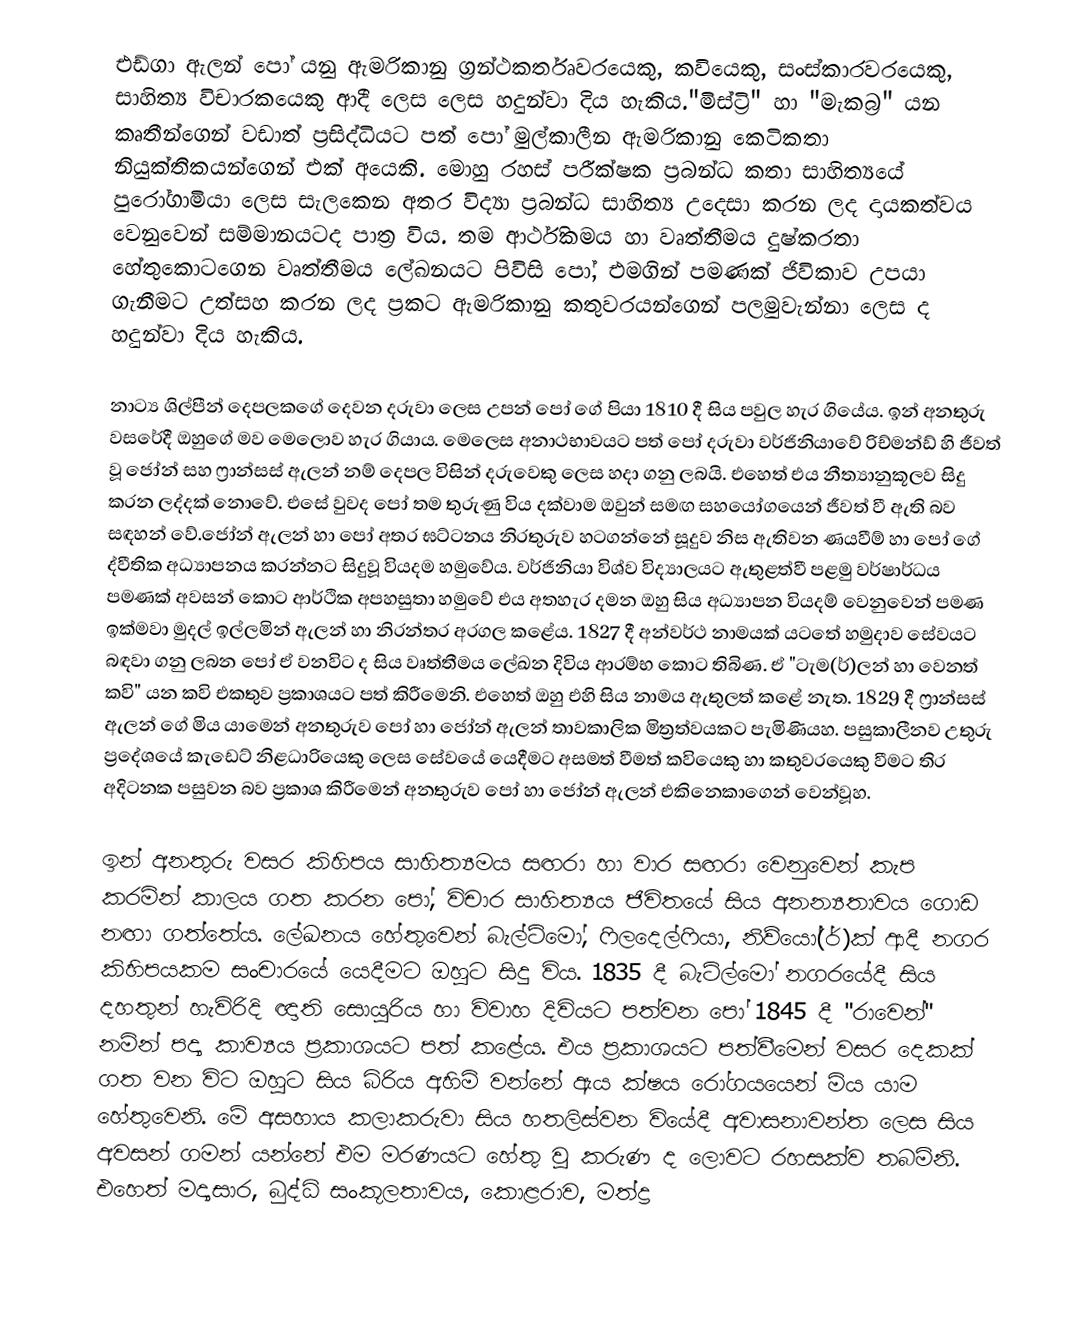
එඩ්ගා ඇලන් පෝ යනු ඇමරිකානු ග්‍රන්ථකර්තෘවරයෙකු, කවියෙකු, සංස්කාරවරයෙකු, සාහිත්‍ය විචාරකයෙකු ආදී ලෙස ලෙස හදුන්වා දිය හැකිය."මිස්ට්‍රි" හා "මැකබ්‍ර" යන කෘතීන්ගෙන් වඩාත් ප්‍රසිද්ධියට පත් පෝ මුල්කාලීන ඇමරිකානු කෙටිකතා නියුක්තිකයන්ගෙන් එක් අයෙකි. මොහු රහස් පරීක්ෂක ප්‍රබන්ධ කතා සාහිත්‍යයේ පුරෝගාමියා ලෙස සැලකෙන අතර විද්‍යා ප්‍රබන්ධ සාහිත්‍ය උදෙසා කරන ලද දායකත්වය වෙනුවෙන් සම්මානයටද පාත්‍ර විය. තම ආර්ථිකමය හා වෘත්තීමය දුෂ්කරතා හේතුකොටගෙන වෘත්තීමය ලේඛනයට පිවිසි පෝ, එමගින් පමණක් ජිවිකාව උපයා ගැනීමට උත්සහ කරන ලද ප්‍රකට ඇමරිකානු කතුවරයන්ගෙන් පලමුවැන්නා ලෙස ද හදුන්වා දිය හැකිය.

නාට්‍ය ශිල්පීන් දෙපලකගේ දෙවන දරුවා ලෙස උපන් පෝ ගේ පියා 1810 දී සිය පවුල හැර ගියේය. ඉන් අනතුරු වසරේදී ඔහුගේ මව මෙලොව හැර ගියාය. මෙලෙස අනාථභාවයට පත් පෝ දරුවා වර්ජිනියාවේ රිච්මන්ඩ් හි ජීවත් වූ ජෝන් සහ ෆ්‍රාන්සස් ඇලන් නම් දෙපල විසින් දරුවෙකු ලෙස හදා ගනු ලබයි. එහෙත් එය නීත්‍යානුකූලව සිදු කරන ලද්දක් නොවේ. එසේ වුවද පෝ තම තුරුණු විය දක්වාම ඔවුන් සමඟ සහයෝගයෙන් ජීවත් වී ඇති බව සඳහන් වේ.ජෝන් ඇලන් හා පෝ අතර ඝට්ටනය නිරතුරුව හටගන්නේ සූදුව නිස ඇතිවන ණයවීම් හා පෝ ගේ ද්වීතික අධ්‍යාපනය කරන්නට සිදුවූ වියදම හමුවේය. වර්ජිනියා විශ්ව විද්‍යාලයට ඇතුළත්වී පළමු වර්ෂාර්ධය පමණක් අවසන් කොට ආර්ථික අපහසුතා හමුවේ එය අතහැර දමන ඔහු සිය අධ්‍යාපන වියදම් වෙනුවෙන් පමණ ඉක්මවා මුදල් ඉල්ලමින් ඇලන් හා නිරන්තර අරගල කළේය. 1827 දී අන්වර්ථ නාමයක් යටතේ හමුදාව සේවයට බඳවා ගනු ලබන පෝ ඒ වනවිට ද සිය වෘත්තීමය ලේඛන දිවිය ආරම්භ කොට තිබිණ. ඒ "ටැම(ර්)ලන් හා වෙනත් කවි" යන කවි එකතුව ප්‍රකාශයට පත් කිරීමෙනි. එහෙත් ඔහු එහි සිය නාමය ඇතුලත් කළේ නැත. 1829 දී ෆ්‍රාන්සස් ඇලන් ගේ මිය යාමෙන් අනතුරුව පෝ හා ජෝන් ඇලන් තාවකාලික මිත්‍රත්වයකට පැමිණියහ. පසුකාලීනව උතුරු ප්‍රදේශයේ කැඩෙට් නිළධාරියෙකු ලෙස සේවයේ යෙදීමට අසමත් වීමත් කවියෙකු හා කතුවරයෙකු වීමට තිර අදිටනක පසුවන බව ප්‍රකාශ කිරීමෙන් අනතුරුව පෝ හා ජෝන් ඇලන් එකිනෙකාගෙන් වෙන්වූහ.

ඉන් අනතුරු වසර කිහිපය සාහිත්‍යමය සඟරා හා වාර සඟරා වෙනුවෙන් කැප කරමින් කාලය ගත කරන පෝ, විචාර සාහිත්‍යය ජිවිතයේ සිය අනන්‍යතාවය ගොඩ නඟා ගත්තේය. ලේඛනය හේතුවෙන් බැල්ටිමෝ, ෆිලදෙල්ෆියා, නිව්යෝ(ර්)ක් ආදී නගර කිහිපයකම සංචාරයේ යෙදීමට ඔහුට සිදු විය. 1835 දී බැටිල්මෝ නගරයේදී සිය දහතුන් හැවිරිදි ඥාති සොයුරිය හා විවාහ දිවියට පත්වන පෝ 1845 දී "රාවෙන්" නමින් පද්‍ය කාව්‍යය ප්‍රකාශයට පත් කළේය. එය ප්‍රකාශයට පත්වීමෙන්  වසර දෙකක් ගත වන විට ඔහුට සිය බිරිය අහිමි වන්නේ ඇය ක්ෂය රෝගයයෙන් මිය යාම හේතුවෙනි. මේ අසහාය කලාකරුවා සිය හතලිස්වන වියේදී අවාසනාවන්ත ලෙස සිය අවසන් ගමන් යන්නේ එම මරණයට හේතු වූ කරුණ ද ලොවට රහසක්ව තබමිනි. එහෙත් මද්‍යසාර, බුද්ධි සංකූලතාවය, කොළරාව, මත්ද්‍ර